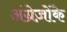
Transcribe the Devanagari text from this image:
अंग्रेज़ोंके